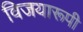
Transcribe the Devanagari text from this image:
विजयारूपी